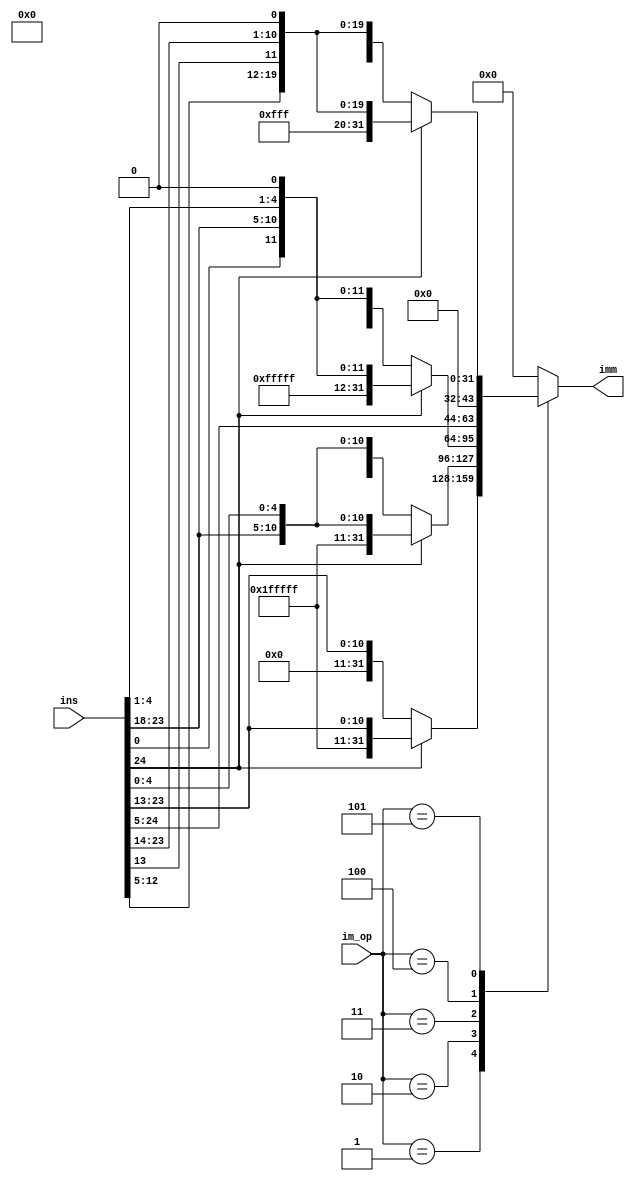
/*
interface:
* input
  1. imm_op
     1. type:r,i,i-shift,s,b,u,uj
        1. r  0
        2. i  1
        3. s  2 (store)
        4. b  3
        5. u  4 (lui)
        6. uj 5 (jal)
  2. Ins[31:7] as ins[24:0]
* output
  1. 32bits imm
*/
module immGen (
    input [2:0] im_op,
    input [24:0] ins,
    output reg [31:0] imm
);
    always @(*) begin
        case (im_op)
            0:imm = 0;      //r
            1:begin         //i
                if (ins[24] == 'b1)begin
                    imm = {20'hfffff,ins[24:13]};
                end else begin
                     imm = {20'b0,ins[24:13]};
                end
            end 
            //2: imm = {27'b0,ins[17:13]}; s
            2:begin
                if (ins[24] == 'b1)begin
                    imm = {20'hfffff,ins[24:18],ins[4:0]};
                end else begin
                     imm = {20'h0,ins[24:18],ins[4:0]};
                end
            end 
            3: begin    //b
                if (ins[24] == 'b1)begin
                    imm = {19'b1111111111111111111,ins[24],ins[0],ins[23:18],ins[4:1],1'b0};
                end else begin
                    imm = {19'b0,ins[24],ins[0],ins[23:18],ins[4:1],1'b0};
                end
            end
            4:imm = {ins[24:5],12'b0};  //u
            5:begin                     //j
                if (ins[24] == 'b1)begin
                    imm = {11'b11111111111,ins[24],ins[12:5],ins[13],ins[23:14],1'b0};
                end else begin
                    imm = {11'b0,ins[24],ins[12:5],ins[13],ins[23:14],1'b0};
                end
            end
            default: imm  = 'b0;
        endcase
    end
endmodule